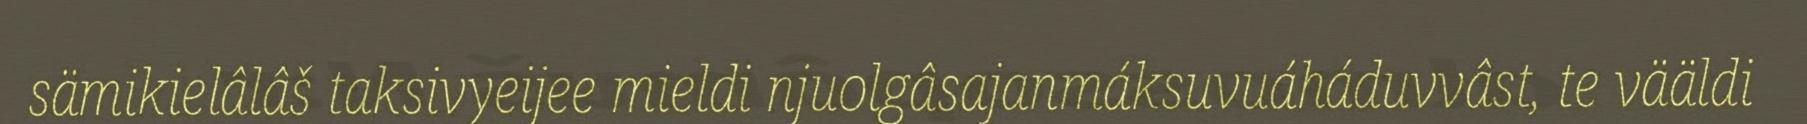
sämikielâlâš taksivyeijee mieldi njuolgâsajanmáksuvuáháduvvâst, te vääldi